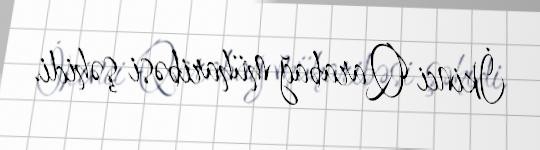
İkinci Qarabağ müharibəsi şəhidi.